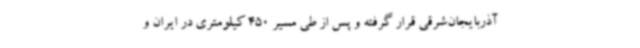
آذربایجان‌شرقی قرار گرفته و پس از طی مسیر 450 کیلومتری در ایران و